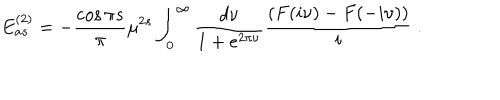
E _ { a s } ^ { ( 2 ) } = - { \frac { \cos { \pi s } } { \pi } } \mu ^ { 2 s } \int _ { 0 } ^ { \infty } \frac { d \nu } { 1 + e ^ { 2 \pi \nu } } \frac { ( F ( i \nu ) - F ( - i \nu ) ) } { i } \ .